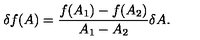
\delta f ( A ) = \frac { f ( A _ { 1 } ) - f ( A _ { 2 } ) } { A _ { 1 } - A _ { 2 } } \delta A .